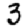
Digit: 3